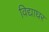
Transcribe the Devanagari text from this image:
विद्याघर